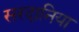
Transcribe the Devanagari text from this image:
सरदानिया